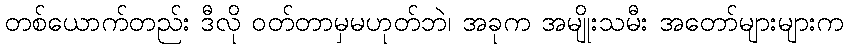
တစ်ယောက်တည်း ဒီလို ဝတ်တာမှမဟုတ်ဘဲ၊ အခုက အမျိုးသမီး အတော်များများက